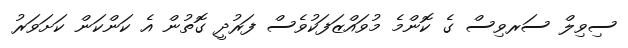
ސިވިލް ސަރވިސް ގެ ކޮންމެ މުވައްޒަފަކުވެސް ފަރުދީ ގޮތުން އެ ކަންކަން ކަށަވަރު